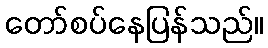
တော်စပ်နေပြန်သည်။